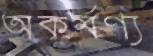
অকর্মণ্য